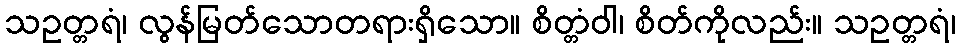
သဥတ္တရံ၊ လွန်မြတ်သောတရားရှိသော။ စိတ္တံဝါ၊ စိတ်ကိုလည်း။ သဥတ္တရံ၊